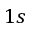
1 s